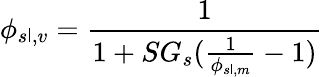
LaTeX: \phi_{s\mathsf{l},v}={\frac{{1}}{{1+SG_{s}({\frac{{1}}{{\phi_{s\mathsf{l},m}}}}-1)}}}